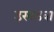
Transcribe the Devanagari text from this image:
उखडवा